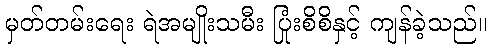
မှတ်တမ်းရေး ရဲအမျိုးသမီး ပြုံးစိစိနှင့် ကျန်ခဲ့သည်။